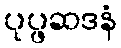
ပုပ္ဖဆဒနံ